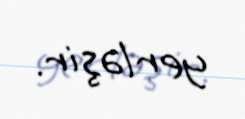
yerləşir.